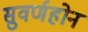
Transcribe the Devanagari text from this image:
सुवर्णहोन